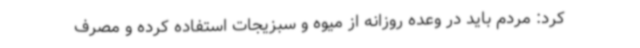
کرد: مردم باید در وعده روزانه از میوه و سبزیجات استفاده کرده و مصرف